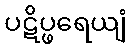
ပဋိပ္ဖရေယျံ